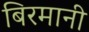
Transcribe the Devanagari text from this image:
बिरमानी